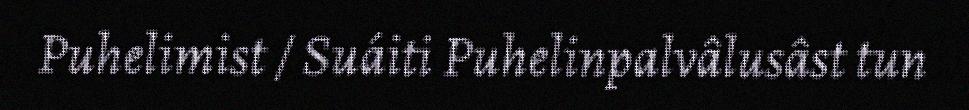
Puhelimist / Suáiti Puhelinpalvâlusâst tun